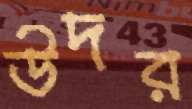
উদর